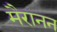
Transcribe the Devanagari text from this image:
मैरानन